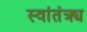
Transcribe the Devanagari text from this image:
स्वांतंत्र्य